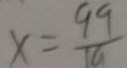
x = \frac { 9 9 } { 1 9 }